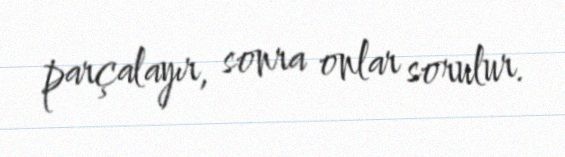
parçalayır, sonra onlar sorulur.